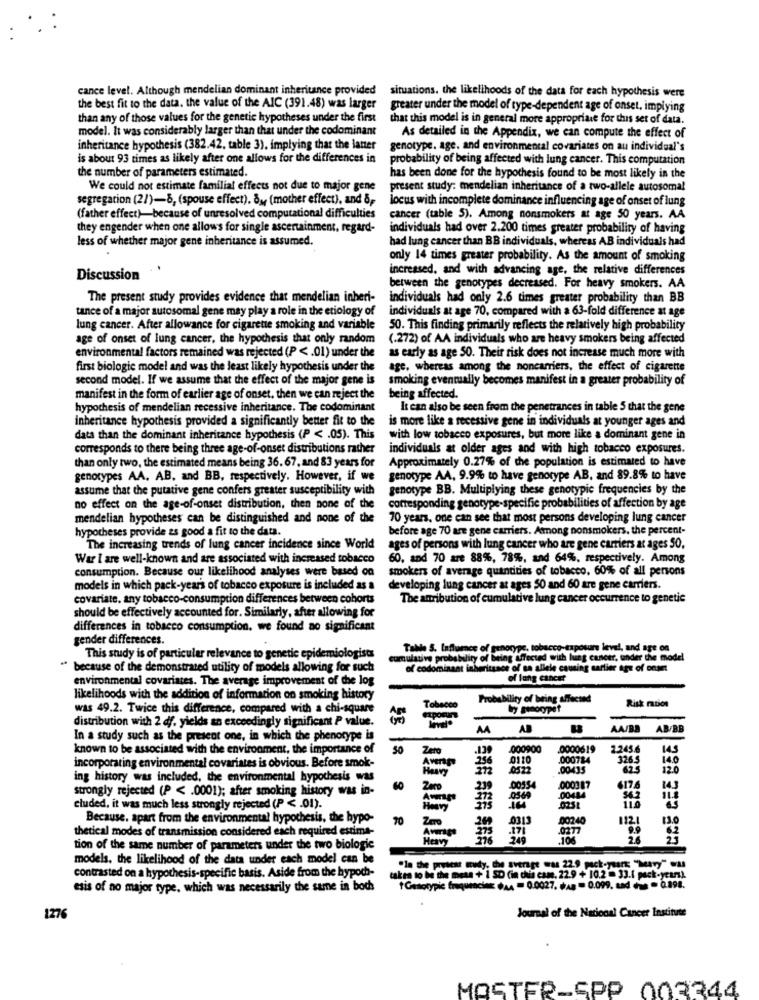
cance level. Although mendelian dominant inheritance provided situations. the likelihoods of the data for each hypothesis were
the best fit to the data. the value of the AIC (391.48) was larger
greater under the model of type-dependent age of onset, implying
than any of those values for the genetic hypotheses under the first
that this model is in general more appropriate for this set of data.
model. It was considerably larger than that under the codominant
As detailed in the Appendix, we can compute the effect of
inheritance hypothesis (382.42, table 3), implying that the lanter
genotype. age. and environmental covariates on au individual's
is about 93 times as likely after one allows for the differences in
probability of being affected with lung cancer. This computation
the number of parameters estimated.
has been done for the hypothesis found to be most likely in the
We could not estimate familial effects not due to major gene
present study: mendelian inheritance of a two-allele autosomal
segregation (21)-8, (spouse effect). 8y (mother effect), and &p
locus with incomplete dominance influencing age of onset of lung
(father effect)-because of unresolved computational difficulties
cancer (table 5). Among nonsmokers at age 50 years. AA
they engender when one allows for single ascertainment, regard-
individuals had over 2.200 times greater probability of having
less of whether major gene inheritance is assumed.
had lung cancer than BB individuals, whereas AB individuals had
only 14 times greater probability. As the amount of smoking
increased, and with advancing age, the relative differences
Discussion
between the genotypes decreased. For heavy smokers. AA
The present study provides evidence that mendelian inheri-
individuals had only 2.6 times greater probability than BB
tance of a major autosomal gene may play a role in the etiology of
individuals at age 70, compared with a 63-fold difference at age
lung cancer. After allowance for cigarette smoking and variable
50. This finding primarily reflects the relatively high probability
age of onset of lung cancer, the hypothesis that only random
(.272) of AA individuals who are heavy smokers being affected
environmental factors remained was rejected (P < . 01) under the
as early as age 50. Their risk does not increase much more with
first biologic model and was the least likely hypothesis under the
age, whereas among the noncarriers, the effect of cigarette
second model. If we assume that the effect of the major gene is
smoking eventually becomes manifest in a greater probability of
manifest in the form of earlier age of onset. then we can reject the
being affected.
hypothesis of mendelian recessive inheritance. The codominant
It can also be seen from the penetrances in table 5 that the gene
inheritance hypothesis provided a significantly better fit to the
is more like a recessive gene in individuals at younger ages and
data than the dominant inheritance hypothesis (P < . 05). This
with low tobacco exposures, but more like a dominant gene in
corresponds to there being three age-of-onset distributions rather
individuals at older ages and with high tobacco exposures.
than only two, the estimated means being 36. 67, and 83 years for
Approximately 0.27% of the population is estimated to have
genotypes AA. AB, and BB, respectively. However, if we
genotype AA. 9.9% to have genotype AB, and 89.8% to have
assume that the putative gene confers greater susceptibility with
genotype BB. Multiplying these genotypic frequencies by the
no effect on the age-of-onset distribution, then none of the
corresponding genotype-specific probabilities of affection by age
mendelian hypotheses can be distinguished and none of the
70 years, one can see that most persons developing lung cancer
hypotheses provide as good a fit to the data.
before age 70 are gene carriers. Among nonsmokers, the percent-
The increasing trends of lung cancer incidence since World
ages of persons with lung cancer who are gene carriers at ages 50.
War I are well-known and are associated with increased tobacco
60, and 70 are 88%, 78%, and 64%, respectively. Among
consumption. Because our likelihood analyses were based on
smokers of average quantities of tobacco, 60% of all persons
models in which pack-years of tobacco exposure is included as a
developing lung cancer at ages 50 and 60 are gene carriers.
covariate, any tobacco-consumption differences between cohorts
The atribution of cumulative lung cancer occurrence to genetic
should be effectively accounted for. Similarly, after allowing for
differences in tobacco consumption, we found ao significant
gender differences.
Table S. Influmes of genotype, tobacco-exposure level, and age on
This study is of particular relevance to genetic epidemiologist
probability of being affected with lung cancer, under the model
" because of the demonstrated utility of models allowing for such
ritsace of se allele causing cartier age of onset
environmental covariates. The average improvement of the log
of lung cancer
likelihoods with the addition of information on smoking history
Probability of being affected
Risk ration
was 49.2. Twice this difference, compared with a chi-square
distribution with 2 df. yields an exceedingly significant P value.
AA
AB
AA/BA
AB/BB
In a study such as the present one, in which the phenotype is
known to be associated with the environment, the importance of
50
Zero
000900
.0000619
2.245.6
145
Averag
256
0110
.000784
326.5
14.0
incorporating environmental covariates is obvious. Before smok-
Heavy
0522
.00435
12.0
ing history was included, the environmental hypothesis was
strongly rejected (P < . 0001); after smoking history was in-
Zero
230
.00954
000387
Ammag
cluded, it was much less strongly rejected (P < . 01).
Heavy
Because, apart from the environmental hypothesis, the hypo-
70
Zero
0313
112.1
thetical modes of transmission considered each required estima-
200
00240
130
Heavy
.106
tion of the same number of parameters under the two biologie
models. the likelihood of the data under each model can be
contrasted on a hypothesis-specific basis. Aside from the hypoch-
"In the priest muty, the average was 22.9 pack-yurt: "Mary" wa
takea to be the meta + 1 SD (in dhin came, 22.9 + 10.2 - 33.1 pack.years).
exis of no major type, which was necessarily the same in bock
t Gasotypic frequenciaE (AA = 0.0027. (AB = 0.099, and he = 0.898.
1276
Journal of the National Cancer Institute
MASTER-SPP 002244